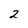
Character: 2